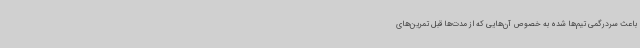
باعث سردرگمی تیم‌ها شده به خصوص آن‌هایی که از مدت‌ها قبل تمرین‌های